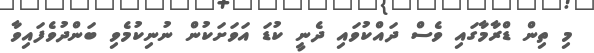
މި ތިން ޑްރާމާގައި ވެސް ދައްކުވައި ދެނީ ކުޑަ އަވަށަކުން ނުނިކުމެވި ބަންދުވެފައިވާ